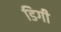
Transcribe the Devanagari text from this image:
डिगी